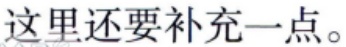
这里还要补充一点。